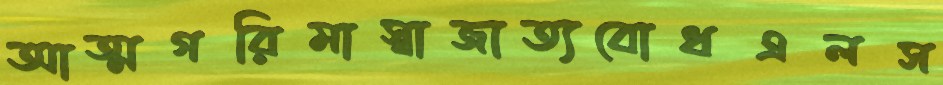
আত্মগরিমাস্বাজাত্যবোধএলস